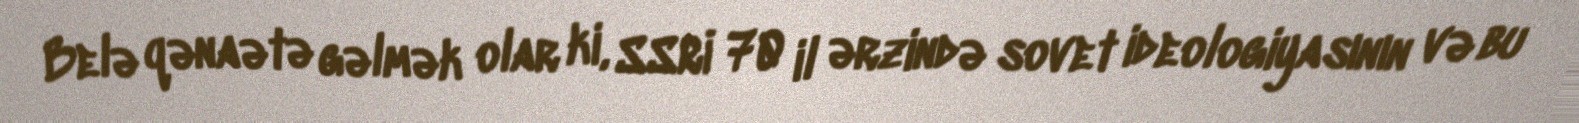
Belə qənaətə gəlmək olar ki, SSRİ 70 il ərzində sovet ideologiyasının və bu